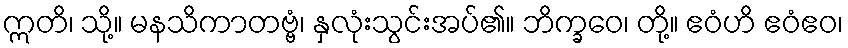
ဣတိ၊ သို့။ မနသိကာတဗ္ဗံ၊ နှလုံးသွင်းအပ်၏။ ဘိက္ခဝေ၊ တို့။ ဧဝံဟိ ဧဝံဧဝ၊